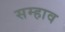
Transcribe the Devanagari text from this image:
सम्हाव